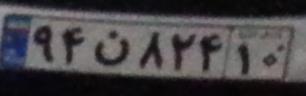
۹۴ن۸۲۴۱۰